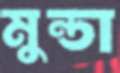
মুন্ডা